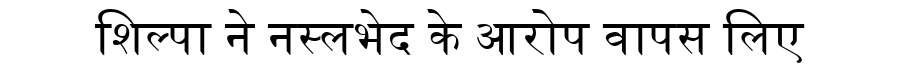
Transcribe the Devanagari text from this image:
शिल्पा ने नस्लभेद के आरोप वापस लिए